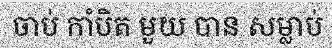
ចាប់ កាំបិត មួយ បាន សម្លាប់